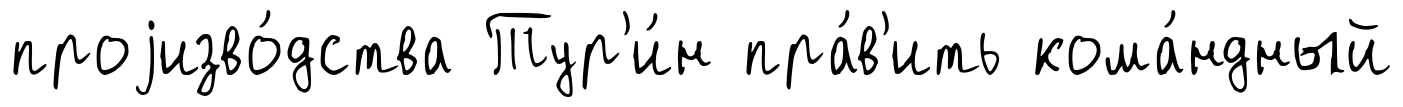
проjизво́дства Тур'и́н пра́в'ить кома́ндный